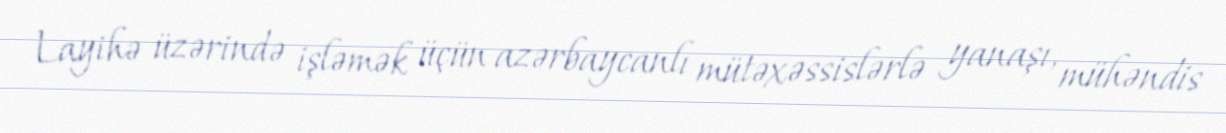
Layihə üzərində işləmək üçün azərbaycanlı mütəxəssislərlə yanaşı, mühəndis